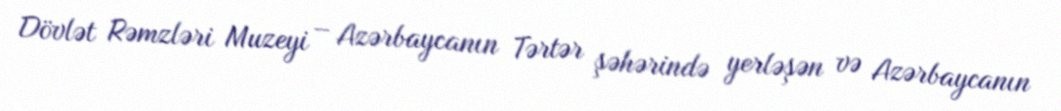
Dövlət Rəmzləri Muzeyi – Azərbaycanın Tərtər şəhərində yerləşən və Azərbaycanın